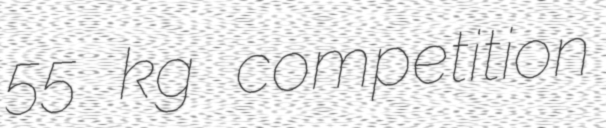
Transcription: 55 kg competition